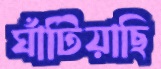
ঘাঁটিয়াছি